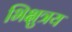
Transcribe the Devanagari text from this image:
भिक्षुत्रय